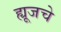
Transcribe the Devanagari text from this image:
ह्यूजचे